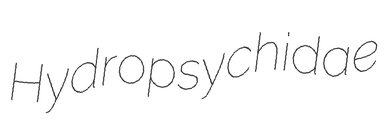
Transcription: Hydropsychidae